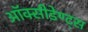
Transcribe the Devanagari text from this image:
ऑक्सीडेण्ट्स